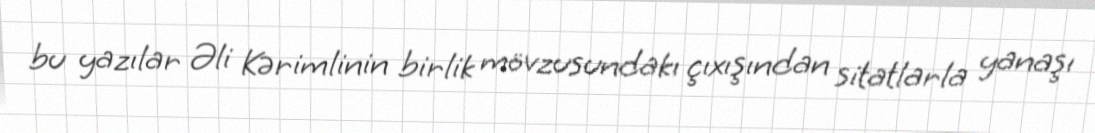
bu yazılar Əli Kərimlinin birlik mövzusundakı çıxışından sitatlarla yanaşı